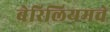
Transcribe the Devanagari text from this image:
बेरिलियमचे